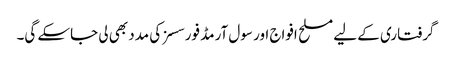
گرفتاری کے لیے مسلح افواج اور سول آرمڈ فورسسز کی مدد بھی لی جاسکے گی۔